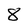
Character: 8